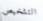
التشخيص